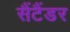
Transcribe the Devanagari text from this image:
सैंटैंडर